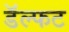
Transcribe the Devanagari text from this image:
डॅल्फट